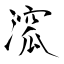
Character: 溛